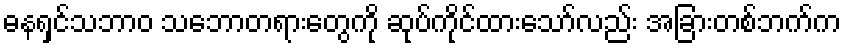
ဓနရှင်သဘာဝ သဘောတရားတွေကို ဆုပ်ကိုင်ထားသော်လည်း အခြားတစ်ဘက်က